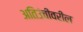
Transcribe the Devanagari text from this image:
अतिउंचीवरील